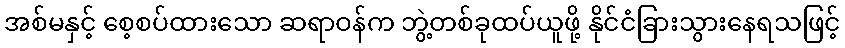
အစ်မနှင့် စေ့စပ်ထားသော ဆရာဝန်က ဘွဲ့တစ်ခုထပ်ယူဖို့ နိုင်ငံခြားသွားနေရသဖြင့်